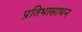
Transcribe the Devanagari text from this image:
प्रतिभासाधन